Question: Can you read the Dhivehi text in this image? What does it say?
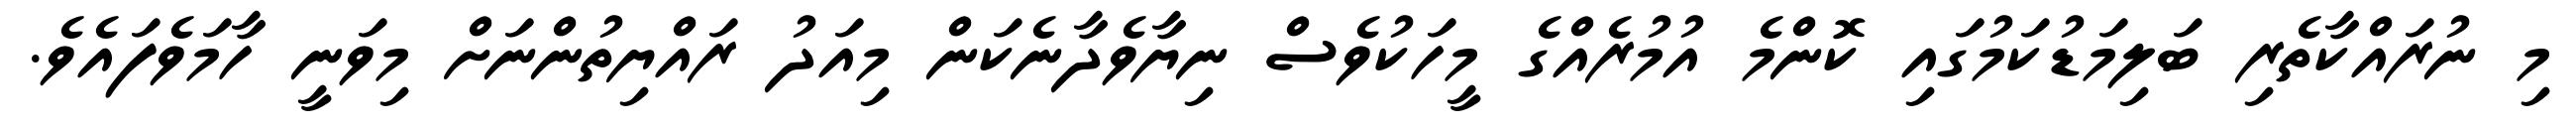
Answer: މި ނުރައްކާތެރި ބަލިމަޑުކަމުގައި ކޮންމެ އުމުރެއްގެ މީހަކުވެސް ނިޔާވެދާނެކަން މިއަދު ރައްޔިތުންނަށް މިވަނީ ހާމަވެފައެވެ.